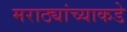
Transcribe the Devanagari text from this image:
मराठ्यांच्याकडे